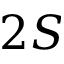
2 S